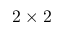
2 \times 2